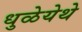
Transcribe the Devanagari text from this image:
धुळेयेथे